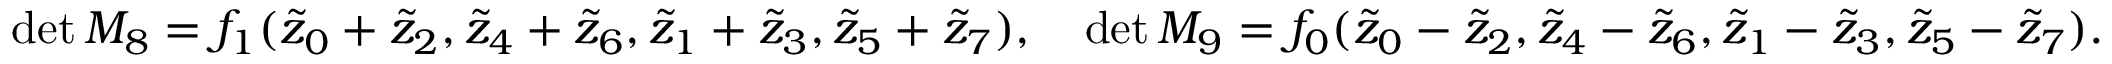
\begin{array} { r } { \operatorname* { d e t } { M _ { 8 } } = f _ { 1 } ( \tilde { z } _ { 0 } + \tilde { z } _ { 2 } , \tilde { z } _ { 4 } + \tilde { z } _ { 6 } , \tilde { z } _ { 1 } + \tilde { z } _ { 3 } , \tilde { z } _ { 5 } + \tilde { z } _ { 7 } ) , \quad \operatorname* { d e t } { M _ { 9 } } = f _ { 0 } ( \tilde { z } _ { 0 } - \tilde { z } _ { 2 } , \tilde { z } _ { 4 } - \tilde { z } _ { 6 } , \tilde { z } _ { 1 } - \tilde { z } _ { 3 } , \tilde { z } _ { 5 } - \tilde { z } _ { 7 } ) . } \end{array}